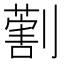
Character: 𠟽